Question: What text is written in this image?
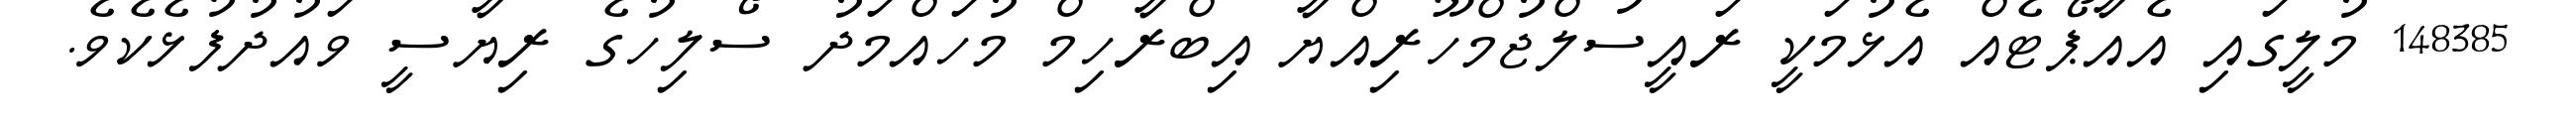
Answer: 148385 މުލީގައި އެއާޕޯޓެއް އެޅުމަކީ ރައީސުލްޖުމްހޫރިއްޔާ އިބްރާހިމް މުހައްމަދު ސޯލިހުގެ ރިޔާސީ ވައުދުފުޅެކެވެ.